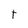
Character: t